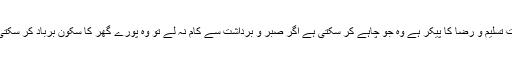
عورت تسلیم و رضا کا پیکر ہے وہ جو چاہے کر سکتی ہے اگر صبر و برداشت سے کام نہ لے تو وہ پورے گھر کا سکون برباد کر سکتی ہے۔